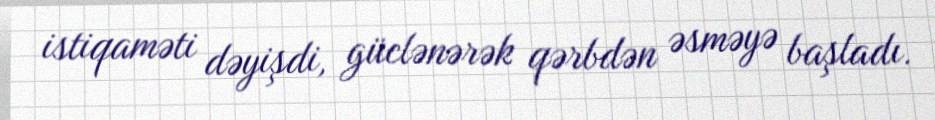
istiqaməti dəyişdi, güclənərək qərbdən əsməyə başladı.